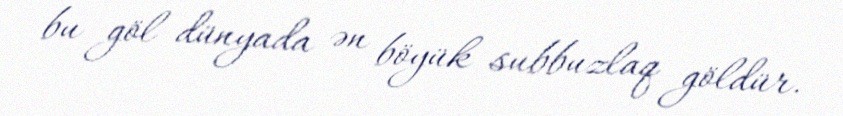
bu göl dünyada ən böyük subbuzlaq göldür.